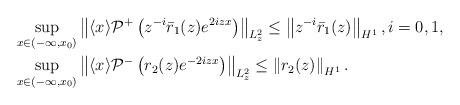
LaTeX: \begin{align*}&\sup _{x \in\left( -\infty, x_{0} \right)}\left\| \langle x\rangle \mathcal{P}^{+}\left(z^{-i}\bar{r}_1(z) e^{ 2i z x}\right)\right\|_{L_z^2}\leq\left\|z^{-i}\bar r_1(z)\right\|_{H^1},i=0,1,\\&\sup _{x \in \left( -\infty, x_{0} \right)}\left\|\langle x\rangle \mathcal{P}^-\left(r_2(z) e^{-2iz x}\right)\right\|_{L_{z}^2}\leq\left\|r_2(z)\right\|_{H^1}.\end{align*}